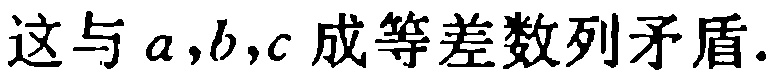
这与 \(a,b,c\) 成等差数列矛盾.